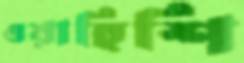
ওয়াহিশি